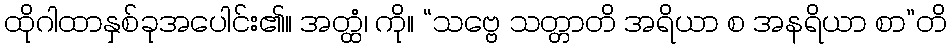
ထိုဂါထာနှစ်ခုအပေါင်း၏။ အတ္ထံ၊ ကို။ “သဗ္ဗေ သတ္တာတိ အရိယာ စ အနရိယာ စာ”တိ